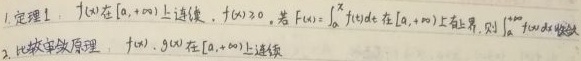
1. 定理1：$f(x)$在$[a, +\infty)$上连续，$f(x)\geq0$，若$F(x)=\int_{a}^{x}f(t)dt$在$[a, +\infty)$上有界，则$\int_{a}^{+\infty}f(x)dx$收敛。
2. 比较审敛原理：$f(x), g(x)$在$[a, +\infty)$上连续。